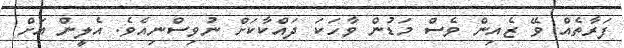
ފަރާތެއް ވޭ ޒެއިން ވެސް މަޑުން ވާހަކަ ދައްކާކަށް ނުވިސްނިއެވެ. އެލީން އަށް